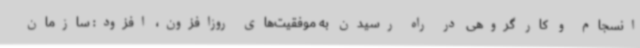
انسجام و کار گروهی در راه رسیدن به موفقیت‌های روزافزون، افزود: سازمان